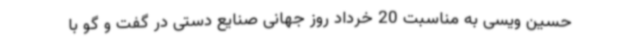
حسین ویسی به مناسبت 20 خرداد روز جهانی صنایع دستی در گفت و گو با